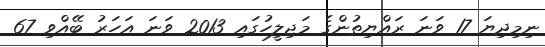
ނިމިދިޔަ 17 ވަނަ ރައްޔިތުންގެ މަޖިލީހުގައި 2013 ވަނަ އަހަރު ބޭއްވި 67